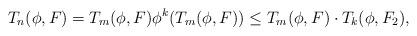
LaTeX: \begin{align*}T_n(\phi, F)= T_m(\phi, F)\phi^{k} ( T_m(\phi, F) ) \leq T_m(\phi, F)\cdot T_k(\phi, F_2),\end{align*}